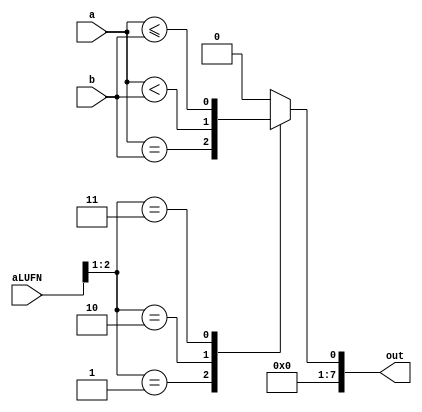
/*
   This file was generated automatically by the Mojo IDE version B1.3.5.
   Do not edit this file directly. Instead edit the original Lucid source.
   This is a temporary file and any changes made to it will be destroyed.
*/

module compare_8 (
    output reg [7:0] out,
    input [7:0] a,
    input [7:0] b,
    input [5:0] aLUFN
  );
  
  
  
  always @* begin
    
    case (aLUFN[1+1-:2])
      1'h1: begin
        out = (a == b);
      end
      2'h2: begin
        out = (a < b);
      end
      2'h3: begin
        out = (a <= b);
      end
      default: begin
        out = 1'h0;
      end
    endcase
  end
endmodule